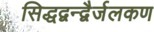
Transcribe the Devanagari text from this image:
सिद्धद्वन्द्वैर्जलकण